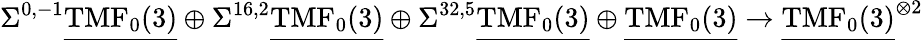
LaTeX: \Sigma^{0,-1}\underline{{\mathrm{TMF}_{0}(3)}}\oplus\Sigma^{16,2}\underline{{\mathrm{TMF}_{0}(3)}}\oplus\Sigma^{32,5}\underline{{\mathrm{TMF}_{0}(3)}}\oplus\underline{{\mathrm{TMF}_{0}(3)}}\to\underline{{\mathrm{TMF}_{0}(3)}}^{\otimes 2}